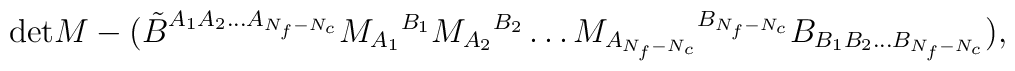
\mbox{det} M - (\tilde B^{A_1 A_2\ldots A_{N_f-N_c}} M_{A_1}{}^{B_1}M_{A_2}{}^{B_2} \ldots M_{A_{N_f-N_c}}{}^{B_{N_f-N_c}}B_{B_1 B_2\ldots B_{N_f-N_c}}),